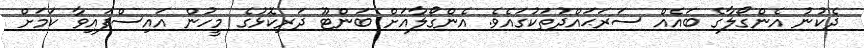
ދެކުނު އެންގޯލާގެ ބައެއް ސަރަޙައްދުތަކުގައެވެ. އެންގޯލާއަށް ބަންޓޫ ދަރިކޮޅުގެ މީހުން އައިސްފައިވާ ކަމަށް